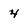
Character: 4